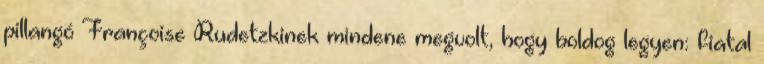
pillangó Françoise Rudetzkinek mindene megvolt, hogy boldog legyen: fiatal